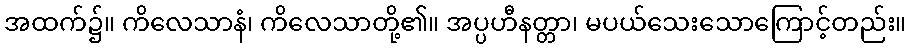
အထက်၌။ ကိလေသာနံ၊ ကိလေသာတို့၏။ အပ္ပဟီနတ္တာ၊ မပယ်သေးသောကြောင့်တည်း။